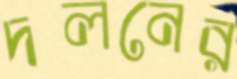
দলনের